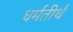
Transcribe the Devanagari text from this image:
धर्मतीर्थ